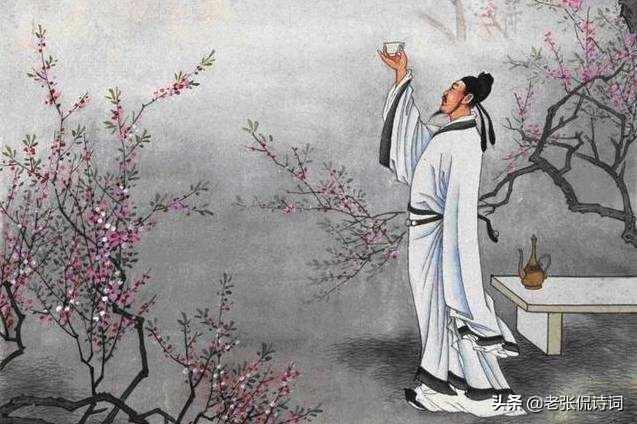
旧苑荒台杨柳新，菱歌清唱不胜春。